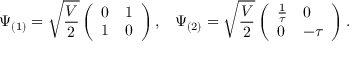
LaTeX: \Psi _ { ( 1 ) } = \sqrt { \frac { V } { 2 } } \left( \begin{array} { l l } { { 0 } } & { { 1 } } \\ { { 1 } } & { { 0 } } \end{array} \right) , \; \; \; \Psi _ { ( 2 ) } = \sqrt { \frac { V } { 2 } } \left( \begin{array} { l l } { { \frac { 1 } { \tau } } } & { { 0 } } \\ { { 0 } } & { { - \tau } } \end{array} \right) .